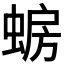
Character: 𫋈